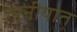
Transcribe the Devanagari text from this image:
जानीयात्